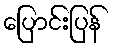
ပြောင်းပြန်